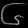
Digit: ၆